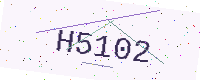
Text: H5102